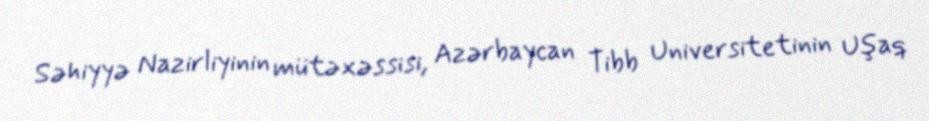
Səhiyyə Nazirliyinin mütəxəssisi, Azərbaycan Tibb Universitetinin Uşaq